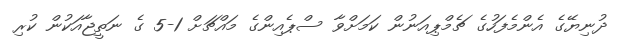
ދުނިޔޭގެ އެންމެފަހުގެ ޗެމްޕިއަނުން ކަމަށްވާ ސްޕެއިންގެ މައްޗަށް 1-5 ގެ ނަތީޖާއަކުން ކުރި